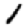
Digit: 1